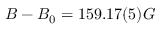
B - B _ { 0 } = 1 5 9 . 1 7 ( 5 ) G